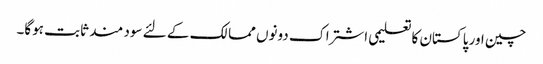
چین اور پاکستان کا تعلیمی اشتراک دونوں ممالک کے لئے سود مند ثابت ہوگا۔